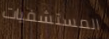
المستشفيات